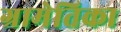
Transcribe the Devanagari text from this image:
ग्रामेतिका